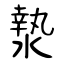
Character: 漐